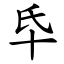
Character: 氒